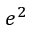
e ^ { 2 }